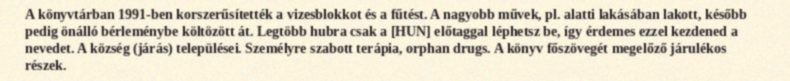
A könyvtárban 1991-ben korszerűsítették a vizesblokkot és a fűtést. A nagyobb művek, pl. alatti lakásában lakott, később pedig önálló bérleménybe költözött át. Legtöbb hubra csak a [HUN] előtaggal léphetsz be, így érdemes ezzel kezdened a nevedet. A község (járás) települései. Személyre szabott terápia, orphan drugs. A könyv főszövegét megelőző járulékos részek.